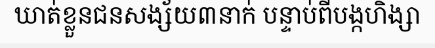
ឃាត់ខ្លួនជនសង្ស័យ៣នាក់ បន្ទាប់ពីបង្កហិង្សា